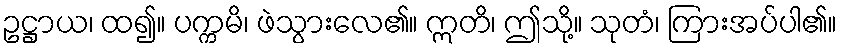
ဥဋ္ဌာယ၊ ထ၍။ ပက္ကမိ၊ ဖဲသွားလေ၏။ ဣတိ၊ ဤသို့။ သုတံ၊ ကြားအပ်ပါ၏။